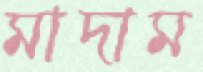
মাদাম